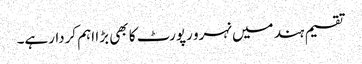
تقسیم ہند میں نہرو رپورٹ کا بھی بڑا اہم کردارہے۔